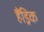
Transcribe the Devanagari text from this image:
हैंड्रिक